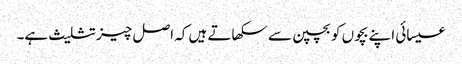
عیسائی اپنے بچوں کو بچپن سے سکھاتے ہیں کہ اصل چیز تثلیث ہے۔